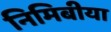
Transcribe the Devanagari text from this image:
निमिबीया